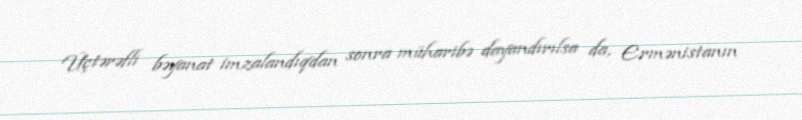
Üçtərəfli bəyanat imzalandıqdan sonra müharibə dayandırılsa da, Ermənistanın